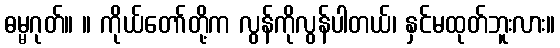
ဓမ္မဂုတ်။ ။ ကိုယ်တော်တို့က လွန်ကိုလွန်ပါတယ်၊ နှင်မထုတ်ဘူးလား။